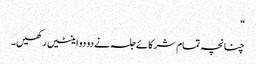
“
چنانچہ تمام شرکائے جلسہ نے دو دو اینٹیں رکھیں۔